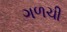
ગળચી